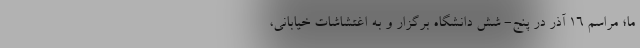
ما؛ مراسم ۱۶ آذر در پنج- شش دانشگاه برگزار و به اغتشاشات خیابانی،